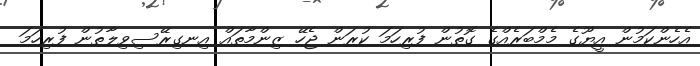
އެހެންކަމުން އީޔޫގެ މެމްބަރެއްގެ ގޮތުން ފުރިހަމަ ކުރަން ޖެހޭ ޒިންމާތައް އިނގިރޭސިވިލާތުން ފުރިހަމަ